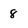
Character: 8